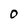
Character: O